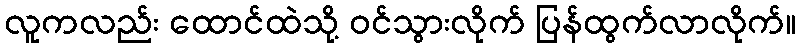
လူကလည်း ထောင်ထဲသို့ ဝင်သွားလိုက် ပြန်ထွက်လာလိုက်။